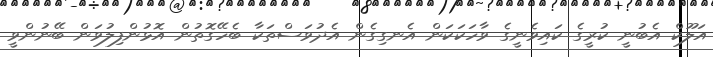
އަލޫކް އެބުނީ ކުރީގެ ކައިވެނީގެ ވާހަކަކަން އެނގިގެން އެދުވަސްތަކާ ބެހޭގޮތުން އޮޅުންފިލުވަން ބޭނުންވީ